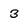
Character: 3